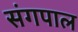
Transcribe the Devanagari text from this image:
संगपाल